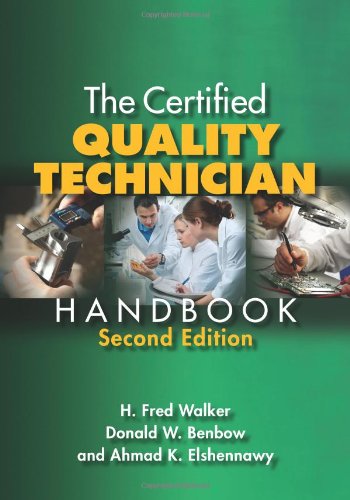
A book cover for The Certified Quality Technician Handbook, Second Edition; H. Fred Walker; Business & Money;